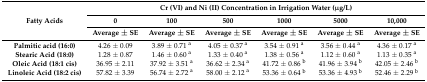
| <ROWSPAN=3> Fatty Acids | <COLSPAN=6> Cr (VI) and Ni (II) Concentration in Irrigation Water (μg/L) |
 | 0 | 100 | 500 | 1000 | 5000 | 10,000 |
 | Average ± SE | Average ± SE | Average ± SE | Average ± SE | Average ± SE | Average ± SE |
 | --- | --- | --- | --- | --- | --- | --- |
 | Palmitic acid (16:0) | 4.26 ± 0.09 | 3.89 ± 0.71 a | 4.05 ± 0.37 a | 3.54 ± 0.91 a | 3.56 ± 0.44 a | 4.36 ± 0.17 a |
 | Stearic Acid (18:0) | 1.28 ± 0.87 | 1.46 ± 0.60 a | 1.33 ± 0.40 a | 1.38 ± 0.56 a | 1.12 ± 0.60 a | 1.13 ± 0.35 a |
 | Oleic Acid (18:1 cis) | 36.95 ± 2.11 | 37.92 ± 3.51 a | 36.62 ± 2.34 a | 41.72 ± 0.86 b | 41.96 ± 3.94 b | 42.05 ± 2.46 b |
 | Linoleic Acid (18:2 cis) | 57.82 ± 3.39 | 56.74 ± 2.72 a | 58.00 ± 2.12 a | 53.36 ± 0.64 b | 53.36 ± 4.93 b | 52.46 ± 2.29 b |